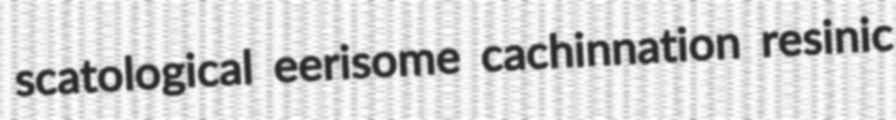
scatological eerisome cachinnation resinic